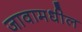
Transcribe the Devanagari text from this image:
जावामधील